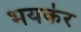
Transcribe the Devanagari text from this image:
भयकंर